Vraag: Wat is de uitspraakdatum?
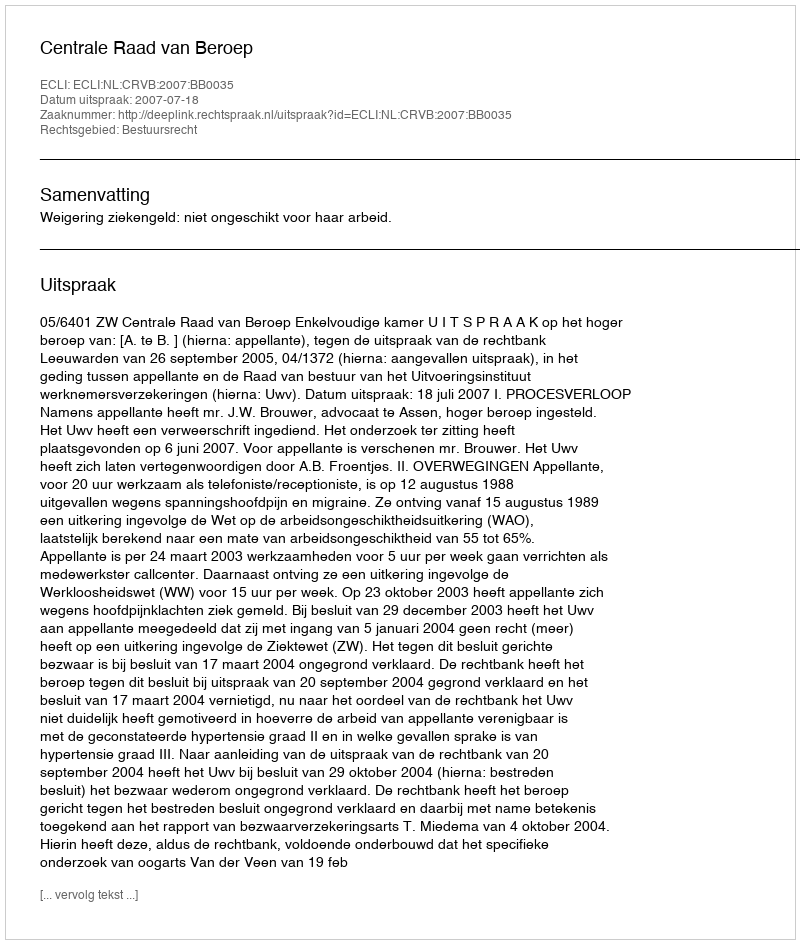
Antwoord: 2007-07-18